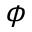
\phi